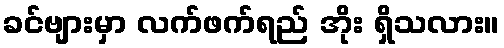
ခင်ဗျားမှာ လက်ဖက်ရည် အိုး ရှိသလား။